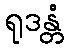
ရုဒန္တံ